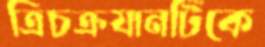
ত্রিচক্রযানটিকে